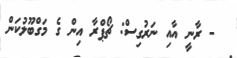
- ރާނީ އާއި ނަރުގިސް: ޗޯޕްރާ އިން ގެ މަގްބޫލުކަން